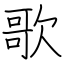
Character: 歌